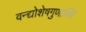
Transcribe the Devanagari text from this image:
वन्द्योशेषगुणाब्धिं